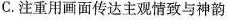
C.注重用画面传达主观情致与神韵